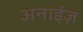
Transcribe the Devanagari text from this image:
अनाईज़